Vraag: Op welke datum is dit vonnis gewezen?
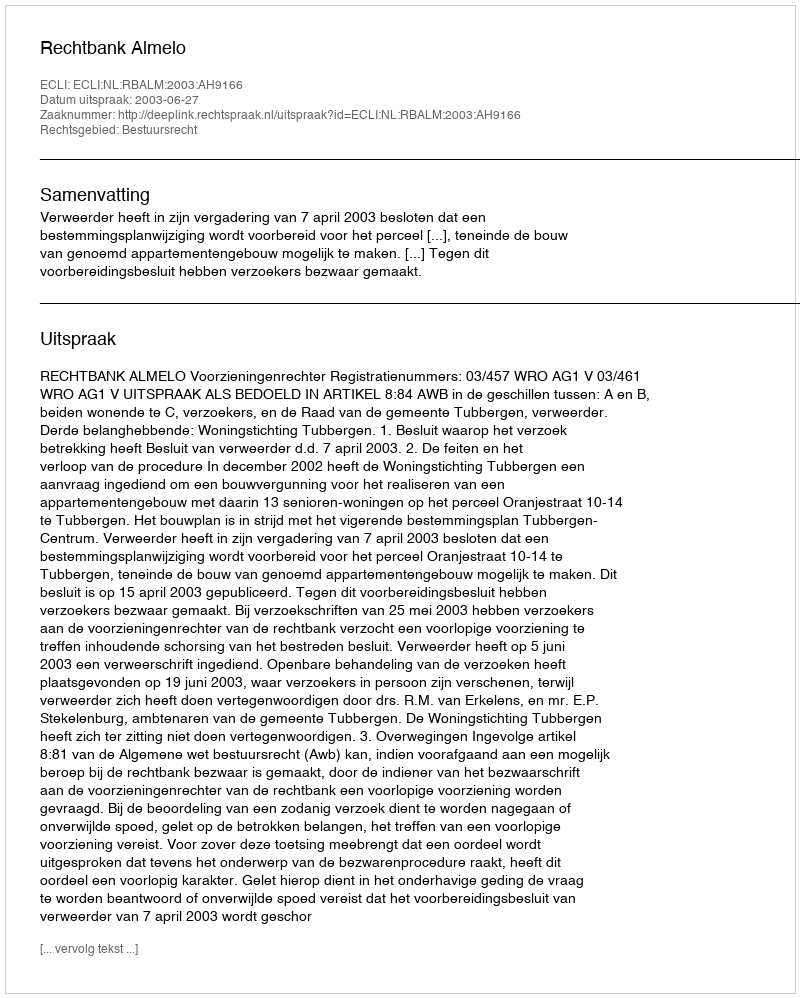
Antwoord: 2003-06-27